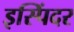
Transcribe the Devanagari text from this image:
इस्पिंदर